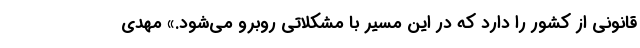
قانونی از کشور را دارد که در این مسیر با مشکلاتی روبرو می‌شود.» مهدی